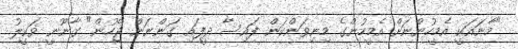
"މާނައަކީ އެމީހުންނަށް އެމީހުންގެ މިނިވަންކަން ފައިސާ ދީފައި ގަންނަން ޖެހުން" ގާނޫނީ ވަކީލު